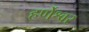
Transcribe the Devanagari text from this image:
हर्णेश्वर